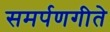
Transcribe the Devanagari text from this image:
समर्पणगीते